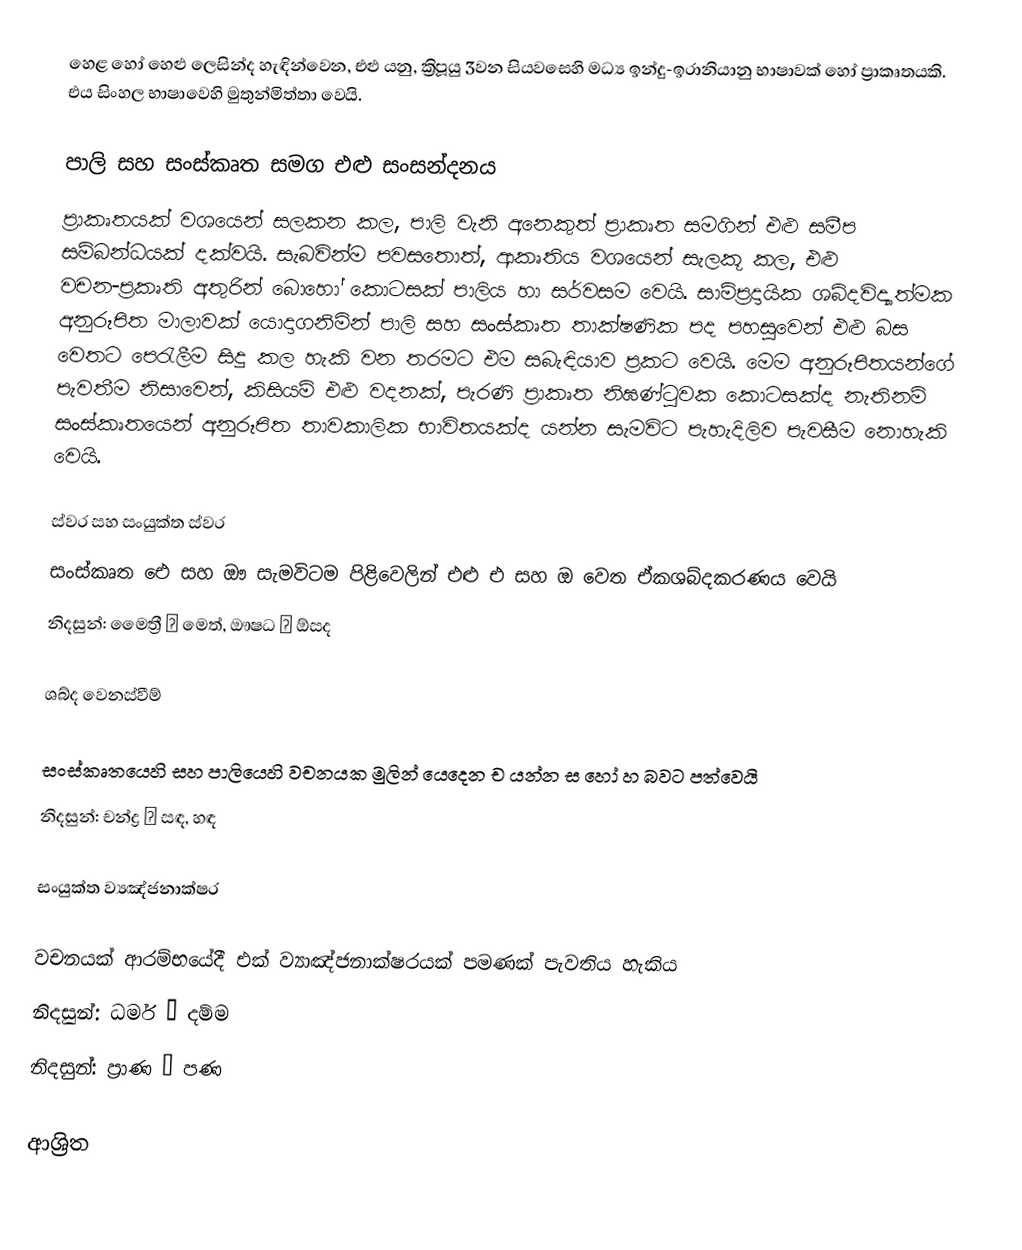
හෙළ හෝ හෙළු ලෙසින්ද හැඳින්වෙන, එළු යනු, ක්‍රිපූයු 3වන සියවසෙහි මධ්‍ය  ඉන්දු-ඉරානියානු භාෂාවක් හෝ ප්‍රාකෘතයකි. එය  සිංහල භාෂාවෙහි මුතුන්මිත්තා වෙයි.

පාලි සහ සංස්කෘත සමග  එළු සංසන්දනය
ප්‍රාකෘතයක් වශයෙන් සලකන කල, පාලි වැනි අනෙකුත් ප්‍රාකෘත සමගින් එළු සමීප සම්බන්ධයක්  දක්වයි. සැබවින්ම පවසතොත්, ආකෘතිය වශයෙන් සැලකූ කල, එළු වචන-ප්‍රකෘති අතුරින් බොහෝ කොටසක් පාලිය හා සර්වසම වෙයි.  සාම්ප්‍රදායික ශබ්දවිද්‍යාත්මක අනුරූපිත මාලාවක් යොදාගනිමින් පාලි  සහ සංස්කෘත තාක්ෂණික පද පහසුවෙන් එළු බස වෙතට පෙරැලීම සිදු කල හැකි වන තරමට එම සබැඳියාව ප්‍රකට වෙයි. මෙම අනුරූපිතයන්ගේ පැවතීම නිසාවෙන්, කිසියම් එළු වදනක්,  පැරණි  ප්‍රාකෘත නිඝණ්ටුවක කොටසක්ද නැතිනම් සංස්කෘතයෙන් අනුරූපිත තාවකාලික භාවිතයක්ද යන්න  සැමවිට පැහැදිලිව පැවසීම නොහැකි වෙයි.

ස්වර සහ සංයුක්ත ස්වර
සංස්කෘත ඓ සහ ඖ සැමවිටම  පිළිවෙලින් එළු එ සහ ඔ වෙත ඒකශබ්දකරණය වෙයි
නිදසුන්: මෛත්‍රී → මෙත්, ඖෂධ → ඕසද

ශබ්ද වෙනස්වීම්

 සංස්කෘතයෙහි සහ පාලියෙහි වචනයක මුලින් යෙදෙන ච යන්න ස හෝ  හ බවට පත්වෙයි
නිදසුන්: චන්ද්‍ර → සඳ, හඳ

සංයුක්ත ව්‍යඤ්ජනාක්ෂර

වචනයක් ආරම්භයේදී එක් ව්‍යාඤ්ජනාක්ෂරයක් පමණක් පැවතිය හැකිය
නිදසුන්: ධර්ම → දම්ම
නිදසුන්: ප්‍රාණ → පණ

ආශ්‍රිත